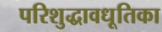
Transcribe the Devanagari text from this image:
परिशुद्धावधूतिका